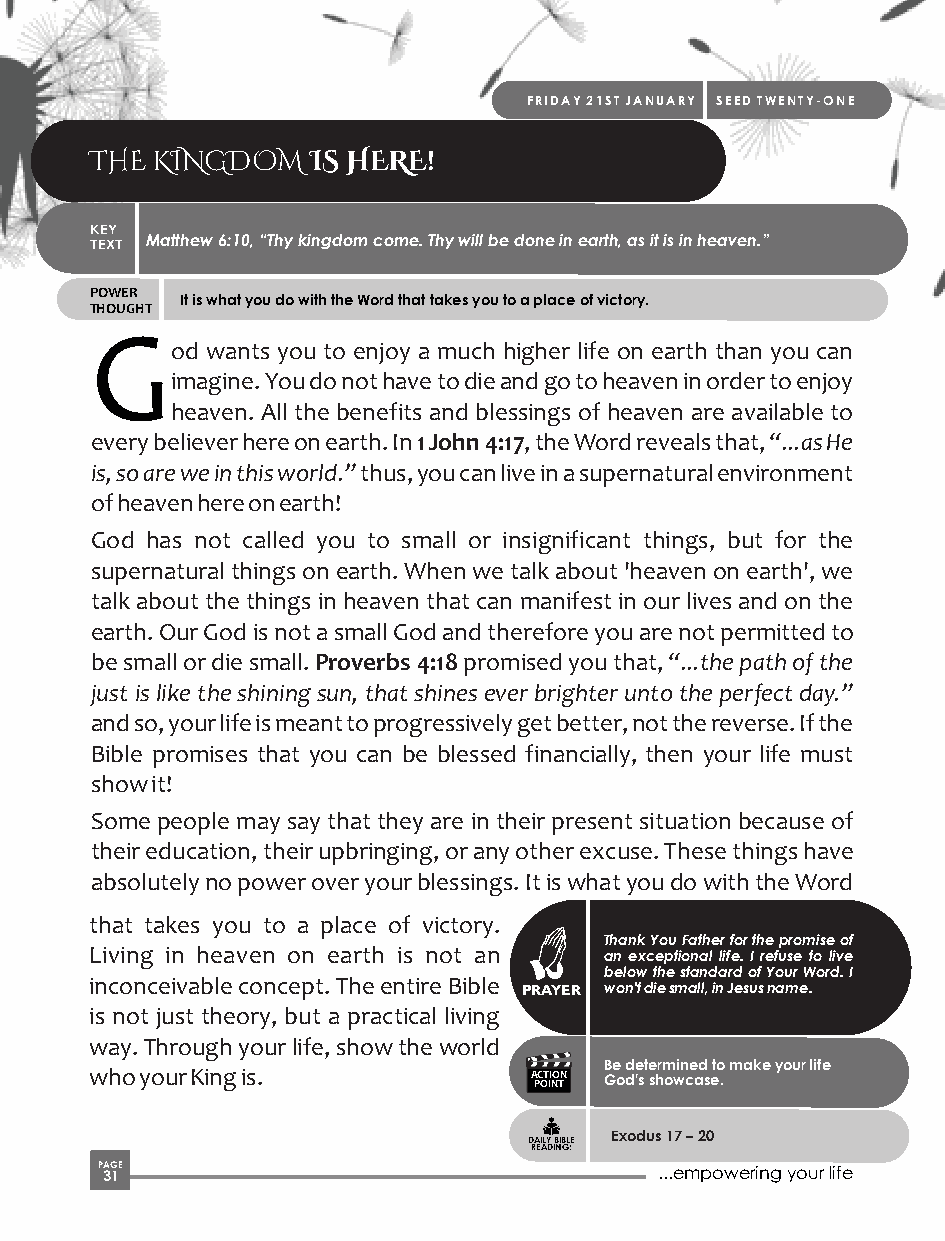
FRIDAY 21ST JANUARY SEED TWENTY-ONE
 THE KINGDOM   IS HERE!
 KEY
 TEXT Matthew 6:10, “Thy kingdom come. Thy will be done in earth, as it is in heaven.”
 POWER
 It is what you do with the Word that takes you to a place of victory.
 THOUGHT
 G
 od wants you to enjoy a much higher life on earth than you can
 imagine. You do not have to die and go to heaven in order to enjoy
 heaven. All the benefits and blessings of heaven are available to
 every believer here on earth. In 1 John 4:17, the Word reveals that, “...as He
 is, so are we in this world.” thus, you can live in a supernatural environment
 of heaven here on earth!
 God has not called you to small or insignificant things, but for the
 supernatural things on earth. When we talk about 'heaven on earth', we
 talk about the things in heaven that can manifest in our lives and on the
 earth. Our God is not a small God and therefore you are not permitted to
 be small or die small. Proverbs 4:18 promised you that, “...the path of the
 just is like the shining sun, that shines ever brighter unto the perfect day.”
 and so, your life is meant to progressively get better, not the reverse. If the
 Bible promises that you can be blessed financially, then your life must
 show it!
 Some people may say that they are in their present situation because of
 their education, their upbringing, or any other excuse. These things have
 absolutely no power over your blessings. It is what you do with the Word
 that takes you to a place of victory.
 Thank You Father for the promise of
 Living in heaven on earth is not an an exceptional life. I refuse to live
 below the standard of Your Word. I
 inconceivable concept. The entire Bible PRAYER won't die small, in Jesus name.
 is not just theory, but a practical living
 way. Through your life, show the world
 Be determined to make your life
 who your King is.            A PC OT II NO TN God's showcase.
 Exodus 17 – 20
 DAILY BIBLE
 READING:
 P 3AG 1E                              ...empowering your life